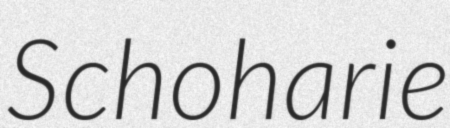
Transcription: Schoharie